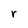
Character: r